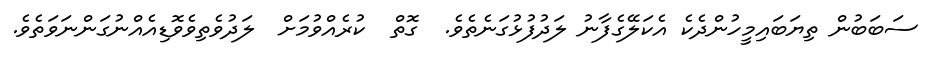
ސަބަބުން ތިޔަބައިމީހުންދެކެ އެކަލޭގެފާނު ލަދުފުޅުގަނެތެވެ.  ގޮތް  ކުރެއްވުމަށް  ލަދުވެތިވެވޮޑިއެއްނުގަންނަވަތެވެ.